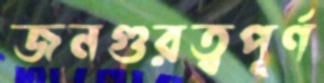
জনগুরত্বপূর্ণ